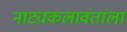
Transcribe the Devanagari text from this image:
नाट्यकलावंतांला